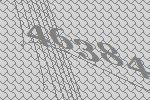
46384